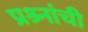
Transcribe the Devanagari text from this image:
प्रश्र्नांची